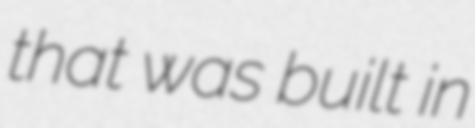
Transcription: that was built in